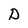
Character: D